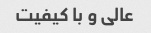
عالی و با کیفیت